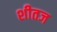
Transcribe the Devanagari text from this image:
शीतज